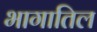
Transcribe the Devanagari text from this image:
भागातिल